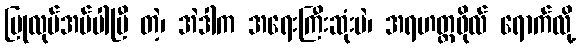
ပြုလုပ်အပ်ပါပြီ တဲ့၊ အဲဒါက အရေးကြီးဆုံးပဲ၊ အရဟတ္တဖိုလ် ရောက်လို့